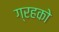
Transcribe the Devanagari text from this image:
ग्रहको